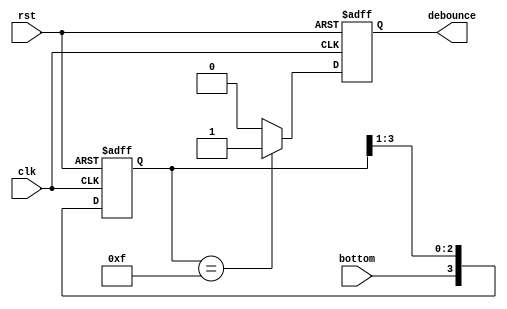
/*`timescale 1ns / 1ps
//////////////////////////////////////////////////////////////////////////////////
// Company: 
// Engineer: 
// 
// Design Name: 
// Module Name: debounce
// Project Name: 
// Target Devices: 
// Tool Versions: 
// Description: 
// 
// Dependencies: 
// 
// Revision:
// Revision 0.01 - File Created
// Additional Comments:
// 
//////////////////////////////////////////////////////////////////////////////////


module debounce(
    output reg pb_de,
    input clk,
    input rst_n,
    input pb_in
    );
    reg [3:0] debounce_window;
    reg pb_de_tmp;
    
    always@(posedge clk or negedge rst_n)
    if(~rst_n)
        debounce_window <= 4'b0000;
    else
        debounce_window = {debounce_window[2],debounce_window[1],debounce_window[0],pb_in};
        
    always@*
        pb_de_tmp = debounce_window[3] & debounce_window[2] & debounce_window[1] & debounce_window[0];
        
    always@(posedge clk or negedge rst_n)
    if(~rst_n)
        pb_de <= 1'b0;
    else
        pb_de <= pb_de_tmp;
        
endmodule*/


`timescale 1ns / 1ps
//////////////////////////////////////////////////////////////////////////////////
// Company: 
// Engineer: 
// 
// Design Name: 
// Module Name: lab5_1_4
// Project Name: 
// Target Devices: 
// Tool Versions: 
// Description: 
// 
// Dependencies: 
// 
// Revision:
// Revision 0.01 - File Created
// Additional Comments:
// 
//////////////////////////////////////////////////////////////////////////////////


module debounce(            
    output reg debounce,
    input clk,
    input rst,
    input bottom
    );
    reg[3:0] debounce_tmp;
    
    always@(posedge clk or negedge rst)
    begin
        if(~rst) 
            begin
                debounce_tmp<=4'b 0;
                debounce<=1'b 0;
            end
        else
            begin 
                debounce_tmp<={bottom,debounce_tmp[3:1]};
                
                if(debounce_tmp == 4'b 1111) debounce<=1'b 1;
                else debounce<=1'b 0;
            end
    end
    
    
    
endmodule